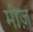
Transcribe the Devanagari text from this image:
मीज़